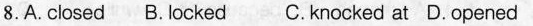
8.A. closed B. locked C.knocked at D.opened